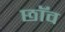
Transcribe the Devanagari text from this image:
छाॅव